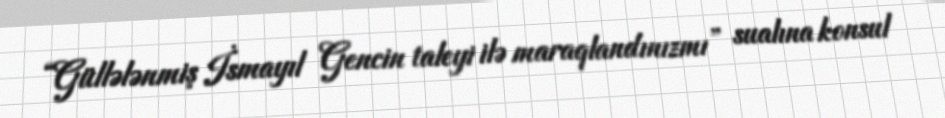
“Güllələnmiş İsmayıl Gencin taleyi ilə maraqlandınızmı” sualına konsul